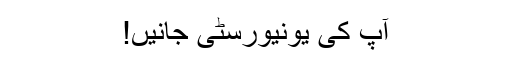
آپ کی یونیورسٹی جانیں!